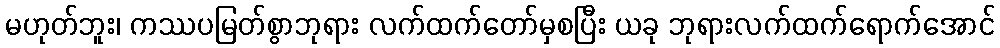
မဟုတ်ဘူး၊ ကဿပမြတ်စွာဘုရား လက်ထက်တော်မှစပြီး ယခု ဘုရားလက်ထက်ရောက်အောင်